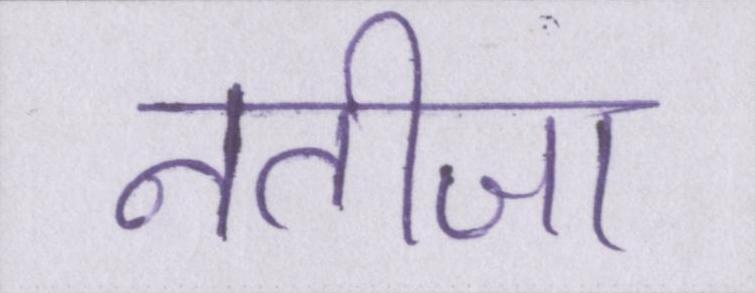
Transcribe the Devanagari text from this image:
नतीजा